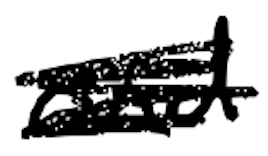
Text: and
Cross-out: scratch
Writing tool: digital_black